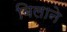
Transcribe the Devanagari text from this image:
बिलाने